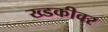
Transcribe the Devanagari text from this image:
ख्डकीवर